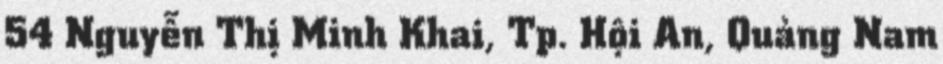
54 Nguyễn Thị Minh Khai, Tp. Hội An, Quảng Nam